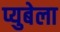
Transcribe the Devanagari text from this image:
प्युबेला